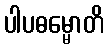
ပါပဓမ္မောတိ